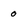
Character: 0